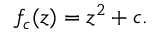
f _ { c } ( z ) = z ^ { 2 } + c .